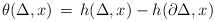
\begin{align*} \theta(\Delta,x) \, = \, h(\Delta,x) - h(\partial \Delta,x) \end{align*}